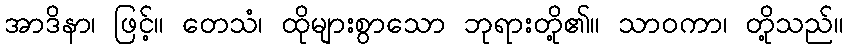
အာဒိနာ၊ ဖြင့်။ တေသံ၊ ထိုများစွာသော ဘုရားတို့၏။ သာဝကာ၊ တို့သည်။